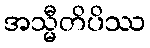
အသ္မီတိပိဿ